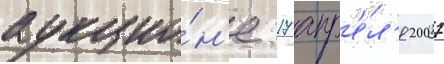
аукцио́н'е 17 апр'е́л'я 2007